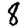
Digit: 8